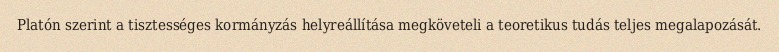
Platón szerint a tisztességes kormányzás helyreállítása megköveteli a teoretikus tudás teljes megalapozását.